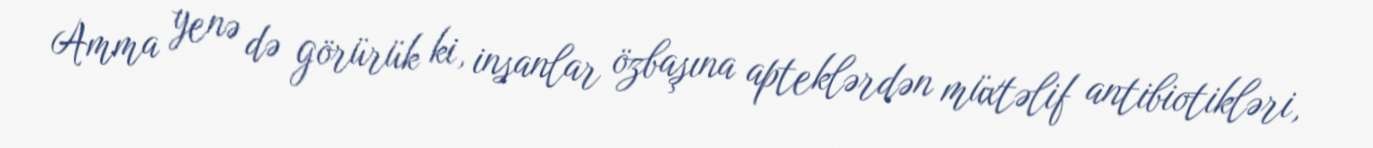
Amma yenə də görürük ki, insanlar özbaşına apteklərdən müxtəlif antibiotikləri,